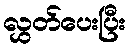
လွှတ်ပေးပြီး